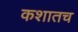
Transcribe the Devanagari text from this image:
कशातच